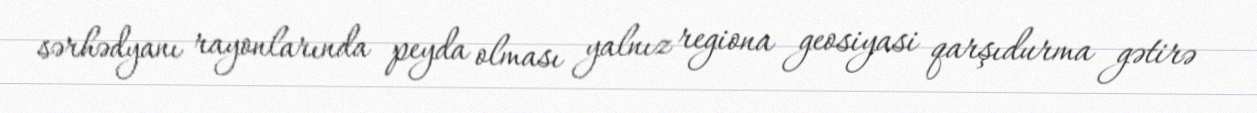
sərhədyanı rayonlarında peyda olması yalnız regiona geosiyasi qarşıdurma gətirə